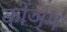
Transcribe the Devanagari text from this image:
कोंञम